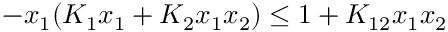
- x _ { 1 } ( K _ { 1 } x _ { 1 } + K _ { 2 } x _ { 1 } x _ { 2 } ) \le 1 + K _ { 1 2 } x _ { 1 } x _ { 2 }